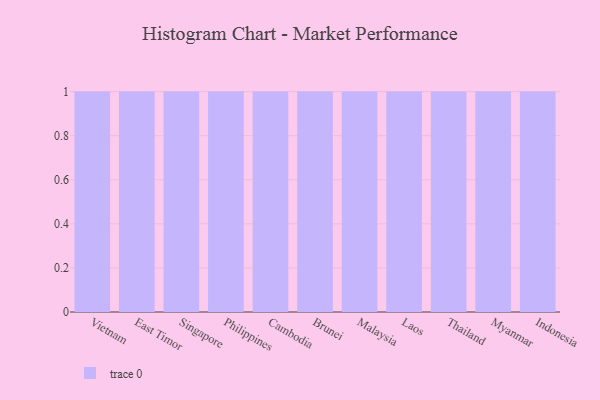
{"axis": {"x": "Country", "y": "Headcount"}, "legend": [""], "data": [{"x": "Vietnam", "y": 76, "type": ""}, {"x": "East Timor", "y": 61, "type": ""}, {"x": "Singapore", "y": 98, "type": ""}, {"x": "Philippines", "y": 81, "type": ""}, {"x": "Cambodia", "y": 29, "type": ""}, {"x": "Brunei", "y": 29, "type": ""}, {"x": "Malaysia", "y": 22, "type": ""}, {"x": "Laos", "y": 76, "type": ""}, {"x": "Thailand", "y": 65, "type": ""}, {"x": "Myanmar", "y": 3, "type": ""}, {"x": "Indonesia", "y": 5, "type": ""}]}